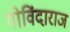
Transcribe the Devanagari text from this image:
गोविंदाराज